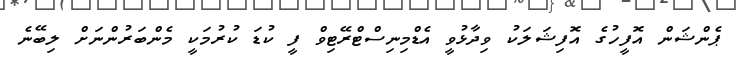
ޕެންޝަން އޮފީހުގެ އޮފިޝަލަކު ވިދާޅުވީ އެޑްމިނިސްޓްރޭޓިވް ފީ ކުޑަ ކުރުމަކީ މެންބަރުންނަށް ލިބޭނެ